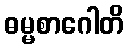
ဓမ္မစာဂေါတိ